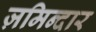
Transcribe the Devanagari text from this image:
ज़मिन्दार